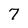
Character: 7